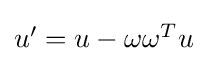
{\textstyle u'=u-\omega \omega ^{T}u}